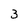
Character: 3